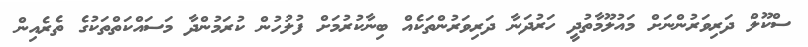
ސްކޫލް ދަރިވަރުންނަށް މައުލޫމާތުދީ ހަރުދަނާ ދަރިވަރުންތަކެއް ބިނާކުރުމަށް ފުލުހުން ކުރަމުންދާ މަސައްކަތްތަކުގެ ތެރެއިން